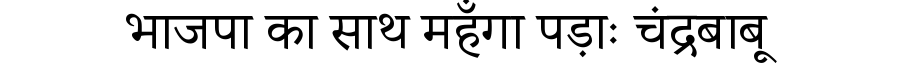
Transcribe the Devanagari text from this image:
भाजपा का साथ महँगा पड़ाः चंद्रबाबू